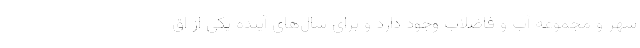
شهر و مجموعه آب و فاضلاب وجود دارد و برای سال‌های آینده یکی از اق